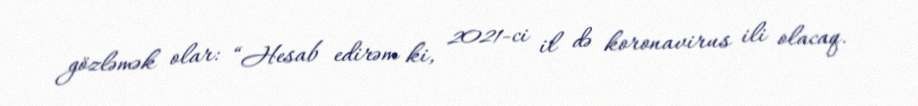
gözləmək olar: “Hesab edirəm ki, 2021-ci il də koronavirus ili olacaq.